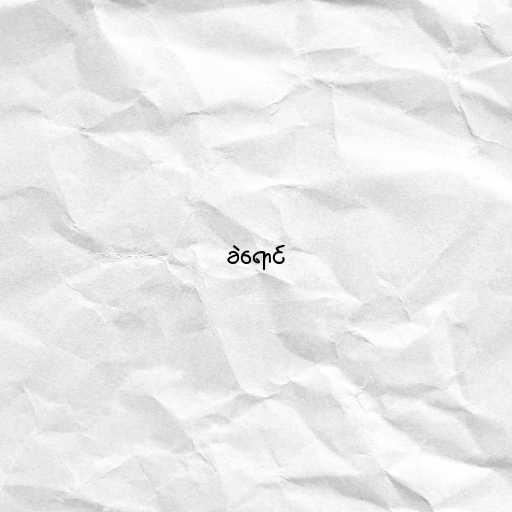
ခဲရောင်